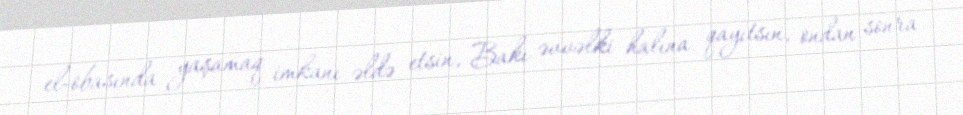
el-obasında yaşamaq imkanı əldə etsin, Bakı əvvəlki halına qayıtsın, ondan sonra